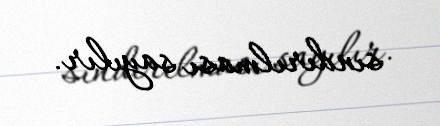
sındırılması sayılır.